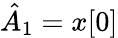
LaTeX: {\hat{A}}_{1}=x[0]